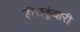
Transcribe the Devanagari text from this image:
हीराकुंवारी